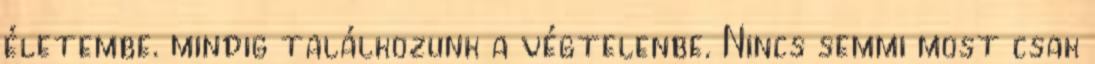
életembe. mindig találkozunk a végtelenbe. Nincs semmi most csak